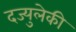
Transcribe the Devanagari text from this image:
दज्युलेकी